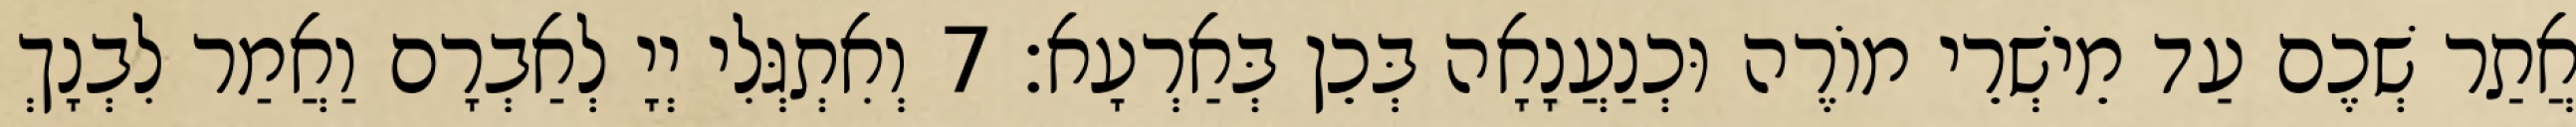
אֲתַר שְׁכֶם עַד מֵישְׁרֵי מוֹרֶה וּכְנַעֲנָאָה בְּכֵן בְּאַרְעָא׃ 7 וְאִתְגְּלִי יְיָ לְאַבְרָם וַאֲמַר לִבְנָךְ